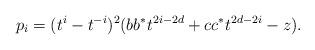
LaTeX: \begin{gather*}p_i=(t^i-t^{-i})^2(bb^*t^{2i-2d}+cc^*t^{2d-2i}-z).\end{gather*}